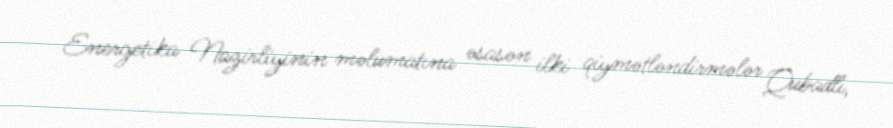
Energetika Nazirliyinin məlumatına əsasən ilki qiymətləndirmələr Qubadlı,